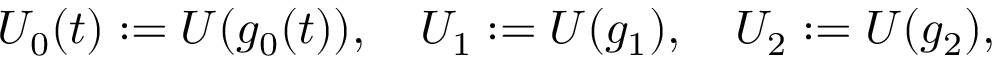
U _ { 0 } ( t ) : = U ( g _ { 0 } ( t ) ) , \quad U _ { 1 } : = U ( g _ { 1 } ) , \quad U _ { 2 } : = U ( g _ { 2 } ) ,